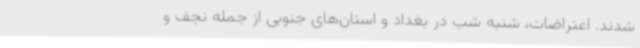
شدند. اعتراضات، شنبه شب در بغداد و استان‌های جنوبی از جمله نجف و